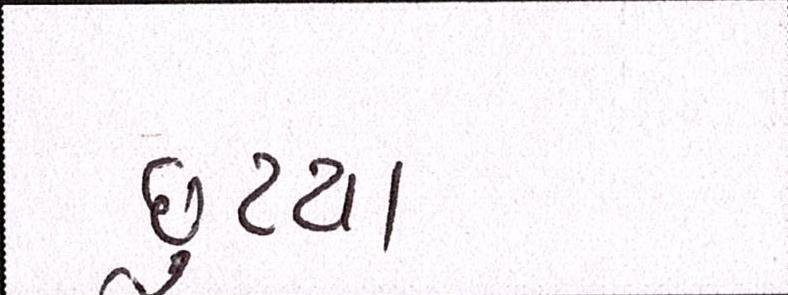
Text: છુટયા